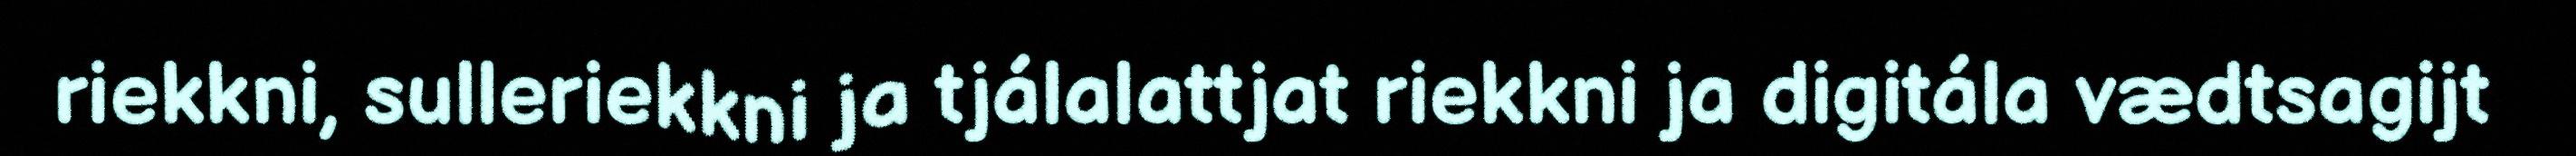
riekkni, sulleriekkni ja tjálalattjat riekkni ja digitála vædtsagijt